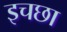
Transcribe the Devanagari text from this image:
इचछा